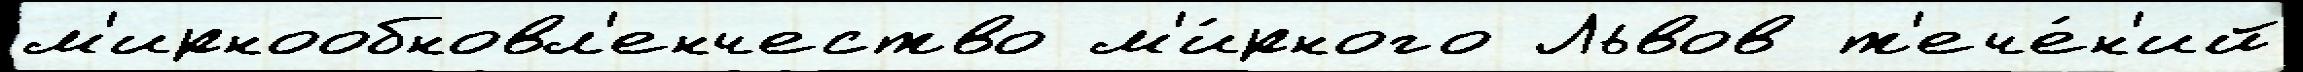
м'ирнообновл'енчество м'и́рного Львов т'ече́н'ий